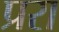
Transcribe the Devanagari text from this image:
प्ररा